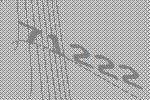
71222